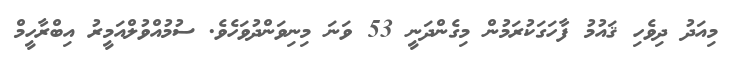
މިއަދު ދިވެހި ޤައުމު ފާހަގަކުރަމުން މިގެންދަނީ 53 ވަނަ މިނިވަންދުވަހެވެ. ސުމުއްވުލްއަމީރު އިބްރާހީމް